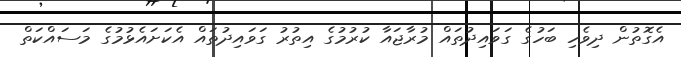
އެގޮތުން ދިވެހި ބަހުގެ ގަވައިދުތައް މުރާޖައާ ކުރުމުގެ އިތުރު ގަވައިދުތައް އެކަށައެޅުމުގެ މަސައްކަތް